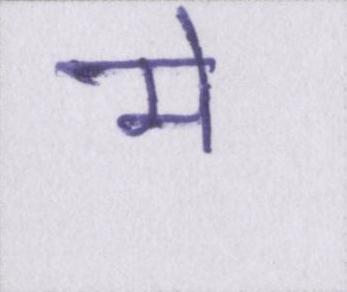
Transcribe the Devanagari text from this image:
मे